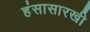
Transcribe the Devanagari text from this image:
हंसासारखी